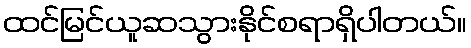
ထင်မြင်ယူဆသွားနိုင်စရာရှိပါတယ်။